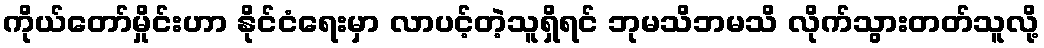
ကိုယ်တော်မှိုင်းဟာ နိုင်ငံရေးမှာ လာပင့်တဲ့သူရှိရင် ဘုမသိဘမသိ လိုက်သွားတတ်သူလို့